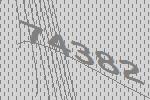
74382